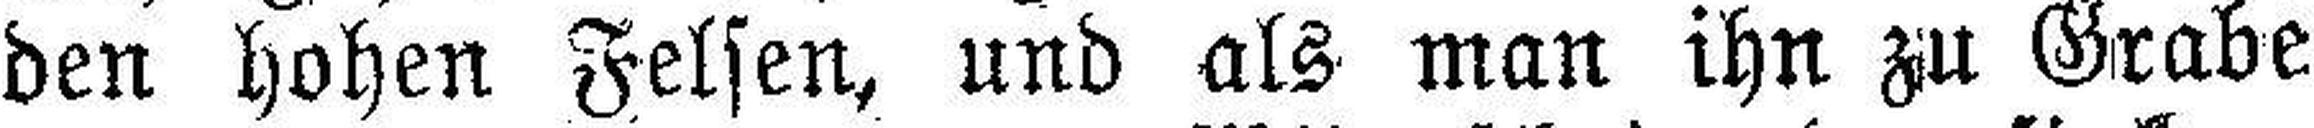
den hohen Felsen, und als man ihn zu Grabe